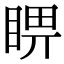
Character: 睤